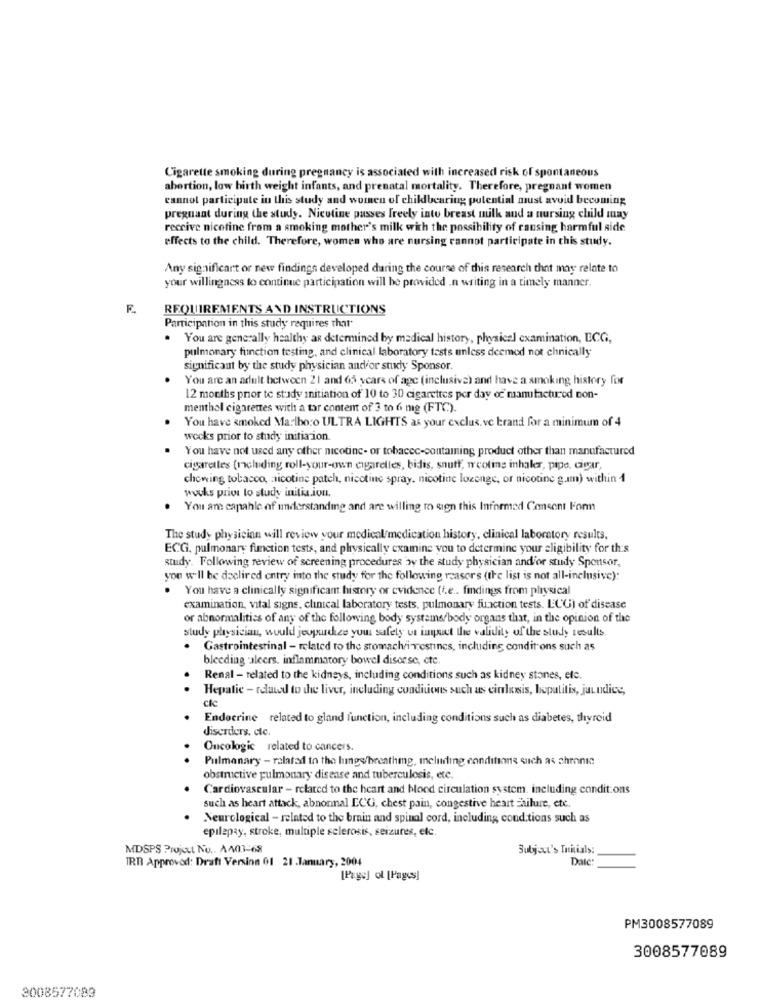
Cigarette smoking during pregnancy is associated with increased risk of spontaneous
abortion, low birth weight infants, and prenatal mortality. Therefore, pregnant women
cannot participate in this study and women of childbearing potential must avoid becoming
pregnant during the study. Nicotine passes freely into breast milk and a nursing child may
receive nicotine from a smoking mother's milk with the possibility of cansing harmful side
effects to the child. Therefore, women who are nursing cannot participate in this study.
Any significant or new findings developed during the course of this research that may relate to
your willingness to continue participation will be provided .n writing in a timely manner.
F.
REQUIREMENTS AND INSTRUCTIONS
Participation in this study requires that
You are generally healthy ar determined by medical history, physical examination, ECG,
pulmonary function testing, and clinical laboratory tests unless deemed not chnically
significant by the study physician and/or study Sponsor
You are an adult between 21 and 65 years of age (inclusive) and have a smoking history for
12 months pror to study initiation of 10 to 30 cigarettes per day of manufactured non-
menthol cigarettes with a tar content of 3 to 6 mg (FTC).
You have smoked Marlboro ULTRA LIGHTS as your exclus. ve brand for a minimum of 4
weeks prior to study initiaion.
You have not used any other nicotine- or tobacec-containing product other than manufactured
cigarettes (melding roll-your-own cigarelles, bidis, snutt, n'coting inhaler, pipe, cigar,
chewing tobacco, anicotine patch, nicotine spray. nicotine lozenge, or nicotine gam) within 1
wuchs priva to study initia.ion.
.
You are capable of understanding and are willing to sign this Informed Consent Fon
The study physician will review your medical/medication history, clinical laboratory results,
ECG, pulmonary function tests, and physically examine you to determine your eligibility for this
study. Following review of screening procedures by the study physician and'or study Sponsor,
you w"ll be declired entry into the study for the following reasor's (the list is not all-inclusive):
. You have a clinically significant history or evidence (f.e .. findings from physical
examination, vital signs, clinical laboratory tests, pulmonary function tests. LCG) of disease
or abnormalities of any of the following body systems/body organs that, in the opinion of the
study physician, would jeopardize your safety ut input the validity of the study results
. Gastrointestinal - related to the stomach/i-vestincs, including conditions such as
bleeding aleers, inflammatory bowel disorse, etc.
.
Renal - related to the kidneys, including conditions such as kidney stones, etc.
Hepatic - related to the liver, including conditions such as cirlossis, hepatitis, jaundice,
cle
Endocrine related to gland function, including conditions such as diabetes, thyroid
diserders, cle.
Oncologic related to cancers.
Pulmonary - related to the lings breathmg, including conditions such as chronic
obstructive pulmonary disease and tuberculosis, etc.
Cardiovascular - related to the heart and blood circulation system. including condit.ons
such as heart attack, abnormal ECG, chest pain, congestive heart Failure, etc
Neurological - related to the brain and spinal cord, including cond.tions such as
epilepsy, stroke, multiple sclerosis, seizures, etc.
MDSPS Project No .. A403-68
Subject's Initials:
TRT Approved: Draft Version 01 21 .January, 2004
Date
[Page] ol [Pages]
PM3008577089
3008577089
3008577083